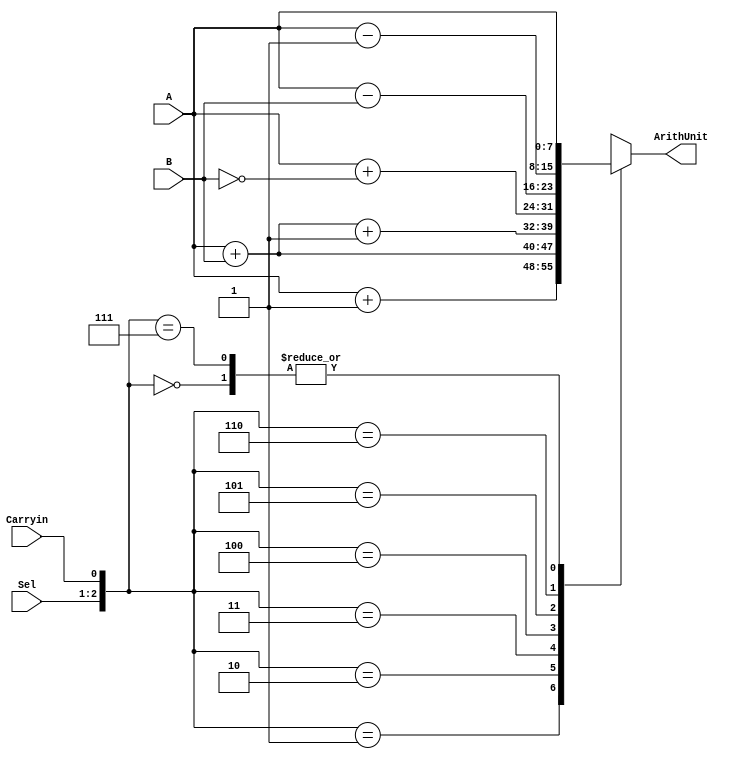
module ALU_arith(Sel, Carryin, A,B, ArithUnit);

input [1:0] Sel;
input Carryin;
input [7:0] A,B;
output [7:0] ArithUnit;

reg [7:0] ArithUnit;

always @(Sel or A or B or Carryin)
	case ({Sel[1:0],Carryin})
		3'b 000 : ArithUnit=A;
		3'b 001 : ArithUnit=A+1;
		3'b 010 : ArithUnit=A+B;
		3'b 011 : ArithUnit=A+B+1;
		3'b 100 : ArithUnit=A+ ~B;
		3'b 101 : ArithUnit=A-B;
		3'b 110 : ArithUnit=A-1;
		3'b 111 : ArithUnit=A;
		default : ArithUnit=8'b X;
	endcase
endmodule